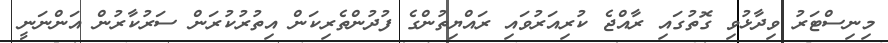
މިނިސްޓަރު ވިދާޅުވި ގޮތުގައި ރާއްޖެ ކުރިއަރުވައި ރައްޔިތުންގެ ފުދުންތެރިކަން އިތުރުކުރަން ސަރުކާރުން އަންނަނީ